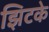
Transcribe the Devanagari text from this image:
झिटके